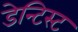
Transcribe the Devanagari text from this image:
डेन्टिस्ट